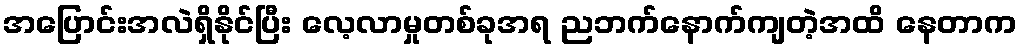
အပြောင်းအလဲရှိနိုင်ပြီး လေ့လာမှုတစ်ခုအရ ညဘက်နောက်ကျတဲ့အထိ နေတာက